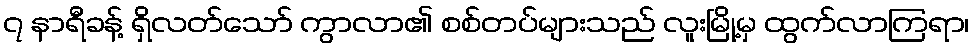
၇ နာရီခန့် ရှိလတ်သော် ကွာလာ၏ စစ်တပ်များသည် လူးမြို့မှ ထွက်လာကြရာ၊